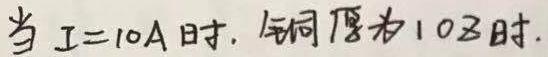
当$I = 10A$时，铜厚为$10\Omega$时.